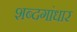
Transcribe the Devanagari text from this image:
शब्दगांधार